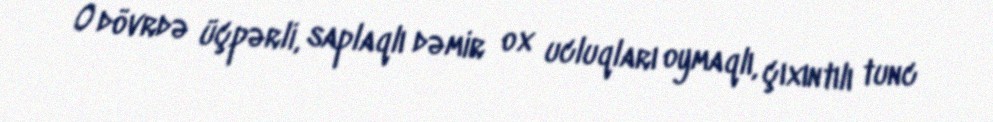
O dövrdə üçpərli, saplaqlı dəmir ox ucluqları oymaqlı, çıxıntılı tunc